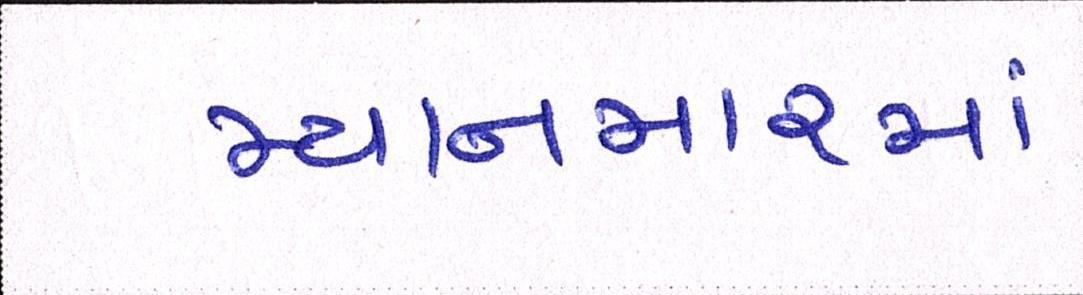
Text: મ્યાનમારમાં